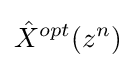
{\hat {X}}^{opt}(z^{n})